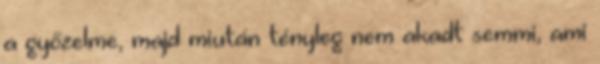
a győzelme, majd miután tényleg nem akadt semmi, ami